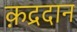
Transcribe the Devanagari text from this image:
क़द्रदान